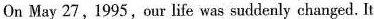
On May 27, 1995,our life was suidenly changol, It